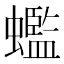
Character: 𧓦